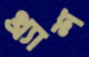
থ্র্যাশ